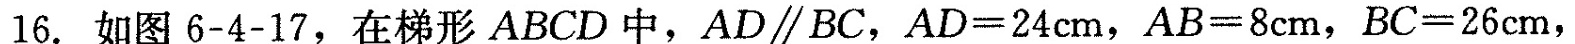
16.如图6-4-17，在梯形ABCD中， AD\parallel BC ，AD = 24cm，AB = 8cm，BC = 26cm